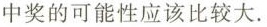
中奖的可能性应该比较大.